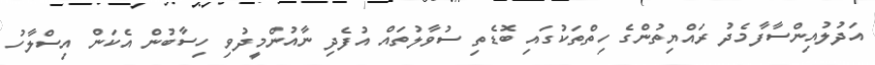
އަދުލުއިންސާފާމެދު ރައްޔިތުންގެ ހިތްތަކުގައި ބޮޑެތި ސުވާލުތައް އުފެދި ނާއުންމީދުވި ހިސާބުން އެކަން އިސްލާހު